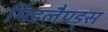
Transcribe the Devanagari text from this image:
मिडलैण्ड्स